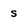
Character: s